Bombay plague: being a history of the progress of plague in the Bombay presidency from September 1896 to June 1899
Year: 1896
Disease focus: Plague
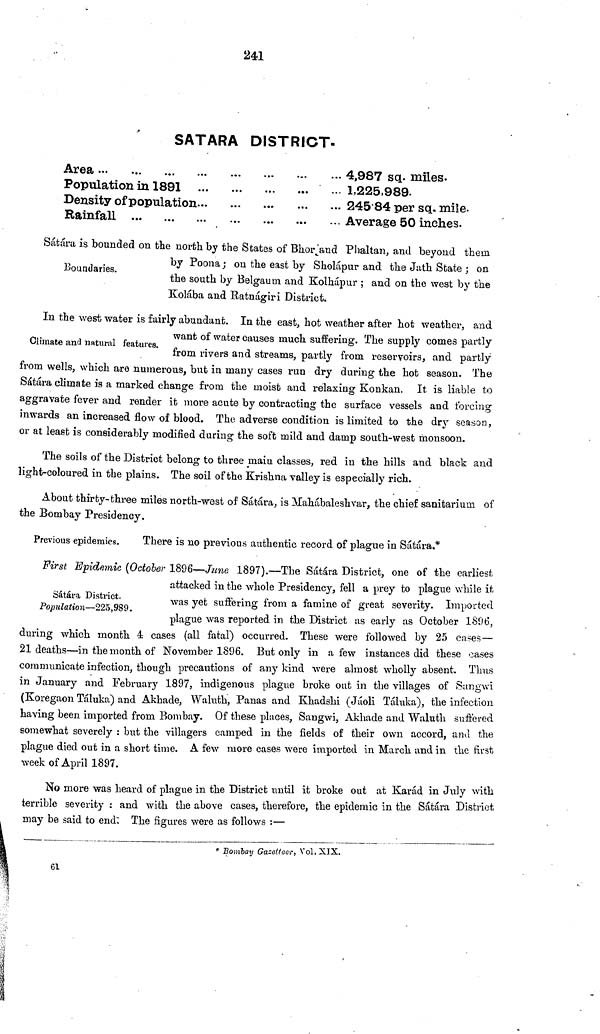
241
5ATARA DISTRICT.
Area ... ... ...
Population in 1891
Density of population
Rainfall ... ... ...
4,987 sq. miles.
1,225,989.
245.84 per sq. mile.
Average 50 inches.
Boundaries.
Sátára is bounded on the north by the States of Bhor and Phaltan, and beyond them
by Poona ; on the east by Sholápur and the Jath State ; on
the south by Belgaum and Kolhápur ; and on the west by the
Kolába and Ratnágiri District.
Climate and natural features.
In the west water is fairly abundant. In the east, hot weather after hot weather, and
want of water causes much suffering. The supply comes partly
from rivers and streams, partly from reservoirs, and partly
from wells, which are numerous, but in many cases run dry during the hot season. The
Sátára climate is a marked change from the moist and relaxing Konkan. It is liable to
aggravate fever and render it more acute by contracting the surface vessels and forcing
inwards an increased flow of blood. The adverse condition is limited to the dry season,
or at least is considerably modified during the soft mild and damp south-west monsoon.
The soils of the District belong to three main classes, red in the hills and black and
light-coloured in the plains. The soil of the Krishna valley is especially rich.
About thirty-three miles north-west of Sátára, is Mahábaleshvar, the chief sanitarium of
the Bombay Presidency.
Previous epidemics.
There is no previous authentic record of plague in Sátára.*
Sátára District.
Population—225,989.
First Epidemic (October 1896—June 1897).—The Sátára District, one of the earliest
attacked in the whole Presidency, fell a prey to plague while it
was yet suffering from a famine of great severity. Imported
plague was reported in the District as early as October 1896,
during which month 4 cases (all fatal) occurred. These were followed by 25 cases—
21 deaths—in the month of November 1896. But only in a few instances did these cases
communicate infection, though precautions of any kind were almost wholly absent. Thus
in January and February 1897, indigenous plague broke out in the villages of Sangwi
(Koregaon Táluka) and Akhade, Waluth, Panas and Khadshi (Jáoli Táluka), the infection
having been imported from Bombay. Of these places, Sangwi, Akhade and Waluth suffered
somewhat severely : but the villagers camped in the fields of their own accord, and the
plague died out in a short time. A few more cases were imported in March and in the first
week of April 1897.
No more was heard of plague in the District until it broke out at Karád in July with
terrible severity : and with the above cases, therefore, the epidemic in the Sátára District
may be said to end: The figures were as follows :—
"Bombay Gazetteer, Vol. XIX.
61